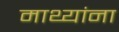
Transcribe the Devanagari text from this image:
माथ्यांना